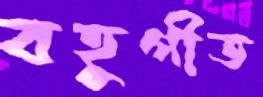
বহুগীত